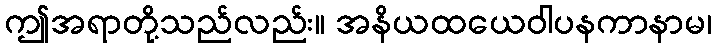
ဤအရာတို့သည်လည်း။ အနိယထယေဝါပနကာနာမ၊